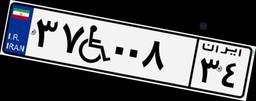
۴۶W۲۵۴۲۶